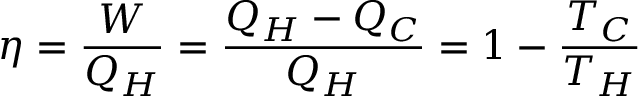
\eta = { \frac { W } { Q _ { H } } } = { \frac { Q _ { H } - Q _ { C } } { Q _ { H } } } = 1 - { \frac { T _ { C } } { T _ { H } } } \quad \quad \quad \quad \quad \quad \quad \quad